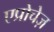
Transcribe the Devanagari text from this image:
एप्रोचेज़